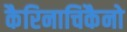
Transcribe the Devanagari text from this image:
कैरिनाचिकैनो